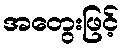
အတွေးဖြင့်